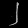
Digit: ၂